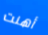
أهنت